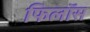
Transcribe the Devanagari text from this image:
फिलॉस